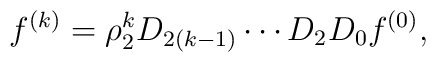
f^{(k)}= \rho_2^k D_{2(k-1)}\cdots D_2 D_0 f^{(0)},